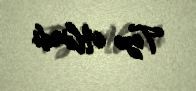
Təzə Alvadı